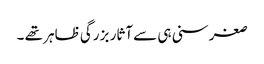
صغر سنی ہی سے آثار بزرگی ظاہر تھے ۔